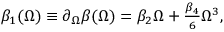
\begin{array} { r } { \beta _ { 1 } ( \Omega ) \equiv \partial _ { \Omega } \beta ( \Omega ) = \beta _ { 2 } \Omega + \frac { \beta _ { 4 } } { 6 } \Omega ^ { 3 } , } \end{array}